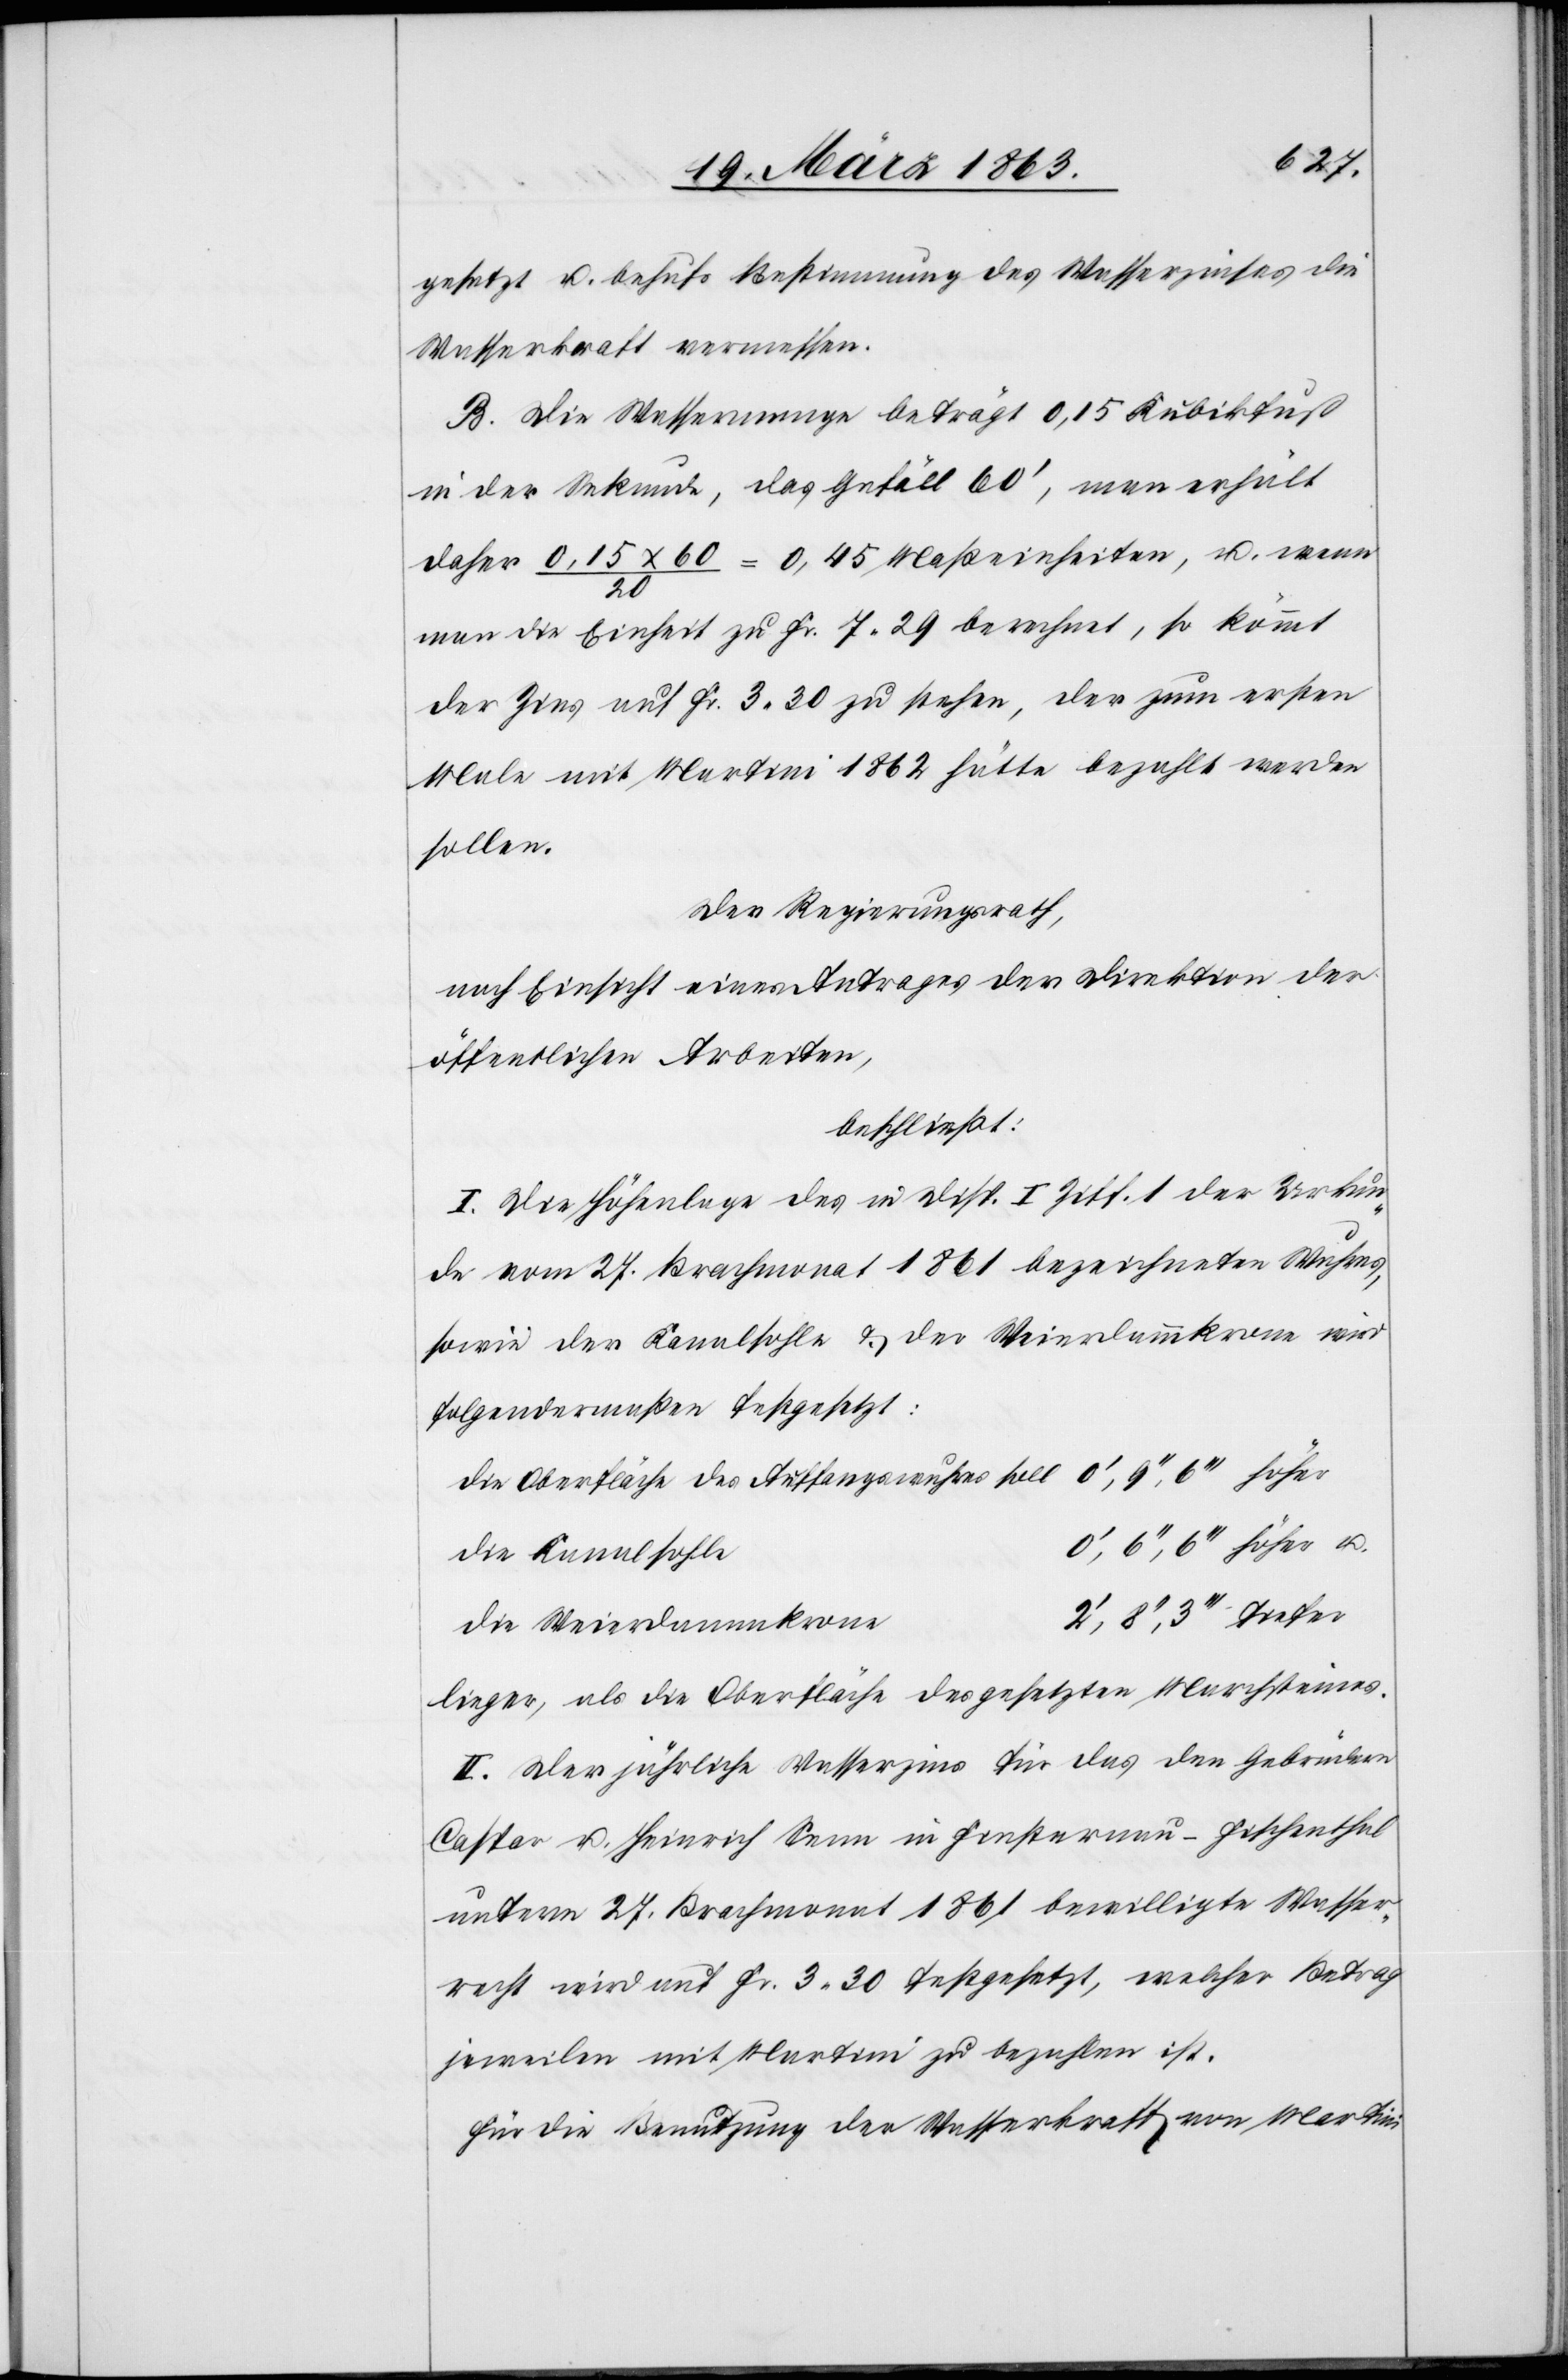
e	2',
gesetzt u. behufs Bestimmung des Wasserzinses die
Wasserkraft vermessen.
B. Die Wassermenge beträgt 0,15 Kubikfuß
in der Urkunde, das Gefäll 60', man erhält
daher 0,15 x 60/20 = 0,45 Maßeinheiten, u. wenn
u.
man die Einheit zu Fr. 7. 29 berechnet, so kömmt
der Zins auf Fr. 3. 30 zu stehen, der zum ersten
Male mit Martini 1862 hätte bezahlt werden
sollen.
Der Regierungsrath,
nach Einsicht eines Antrages der Direktion der
öffentlichen Arbeiten,
beschließt:
I. Die Höhenlage des in Disp. I Ziff. 1 der Urkun¬
de vom 27. Brachmonat 1861 bezeichneten Wuhres,
sowie der Kanalsohle & der Weierdammkrone wird
folgendermaßen festgesetzt:
die Oberfläche des Auffangswuhres soll	0', 9'', 6''' höher
die Kanalsohl¬
die Weiderdammkron¬
liegen, als die Oberfläche des gesetzten Marchsteines.
II. Der jährliche Wasserzins für das den Gebrüdern
Caspar u. Heinrich Senn in Finsternau – Fischenthal
unterm 27. Brachmonat 1861 bewilligte Wasser¬
recht wird auf Fr. 3. 30 festgesetzt, welcher Betrag
jeweilen mit Martini zu bezahlen ist.
Für die Benutzung der Wasserkraft von Martini